Inquiry into the circumstances attending an outbreak of cholera in H. M.'s 18th Hussars at Secunderabad in the month of May
Year: 1871
Disease focus: Cholera
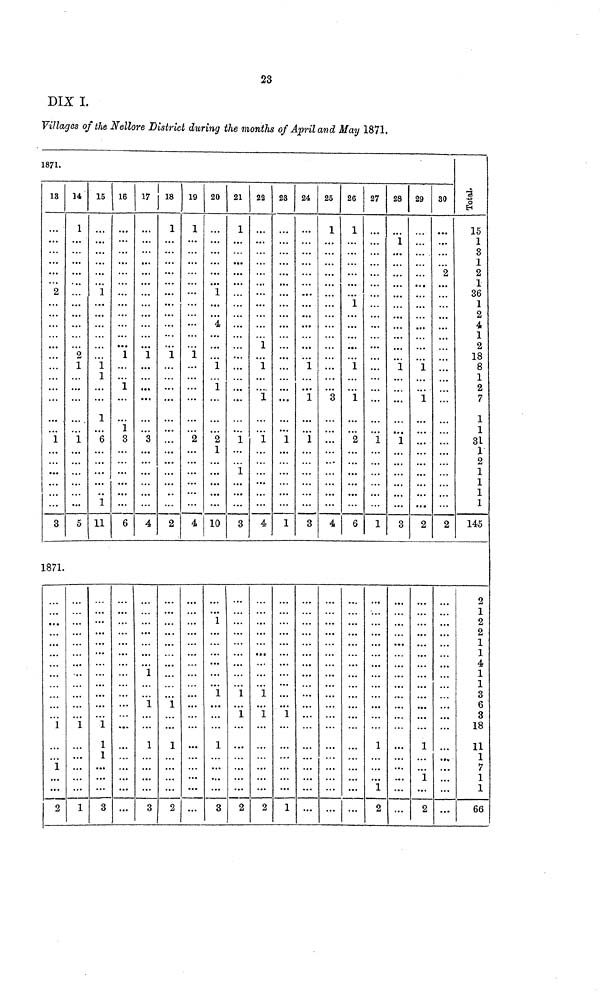
23
DIX I.
Villages of the Nellore District during the months of April and May 1871,
1871.
13
2
1
3
1871.
1
1
2
14
1
2
1
1
5
1
1
15
1
1
1
1
6
11
1
1
1
3
16
1
1
1
3
6
17
1
3
4
1
1
1
3
18
1
1
2
1
1
2
19
1
1
2
4
20
1
4
1
1
2
1
10
1
1
1
3
21
1
1
1
3
1
1
2
22
1
1
1
1
4
1
1
2
23
1
1
1
1
24
1
1
1
3
25
1
3
4
26
1
1
1
1
2
6
27
1
1
1
1
2
28
1
1
1
3
29
1
1
2
1
1
2
30
2
2
Total.
15
1
3
1
2
1
36
1
2
4
1
2
18
8
1
2
7
1
1
31
1
2
1
1
1
1
145
2
1
2
2
1
1
4
1
1
3
6
3
18
11
1
7
1
1
66